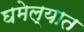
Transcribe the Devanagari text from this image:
घमेल्यात